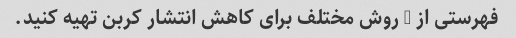
فهرستی از 3 روش مختلف برای کاهش انتشار کربن تهیه کنید.